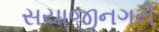
સયાજીનગરી